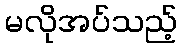
မလိုအပ်သည့်